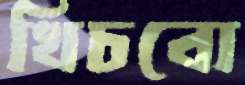
খিচবো